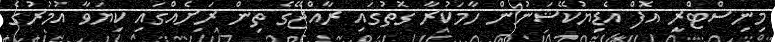
މިނިސްޓްރީ އޮފް އެޑިޔުކޭޝަނުން ހާމަކުރާ ގޮތުގައި ރާއްޖޭގެ ތިން ރަށެއްގައި ކިޔަވާ އުމުރުގެ